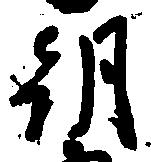
朝